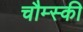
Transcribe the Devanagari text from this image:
चौम्स्की